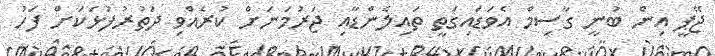
ޖޭޕީ އިން ބުނީ ގާސިމް އެވަޑައިގަތީ ތައިލެންޑާއި ޖަރުމަނަށް ކުރެއްވި ދަތުރުފުޅަކަށް ފަހު